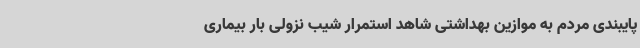
پایبندی مردم به موازین بهداشتی شاهد استمرار شیب نزولی بار بیماری